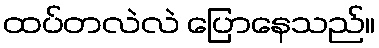
ထပ်တလဲလဲ ပြောနေသည်။